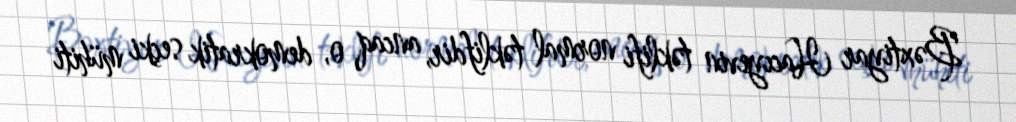
Bəxtiyar Hacıyevin təklifi normal təklifdir, ancaq o, demokratik seçki mühiti